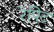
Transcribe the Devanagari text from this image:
रेपिट